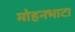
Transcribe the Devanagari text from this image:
मोहनभाटा